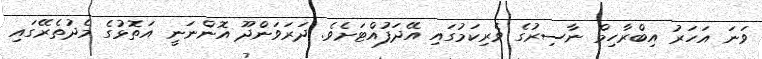
ވަނަ އަހަރު އިބްރާހިމް ނާސިރުގެ ވެރިކަމުގައި އޭދަފުއްޓަށެވެ. ދަރަވަންދޫ އޮންނަނީ އަތޮޅުގެ މެދުތެރޭގައި